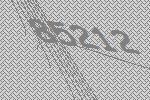
85212